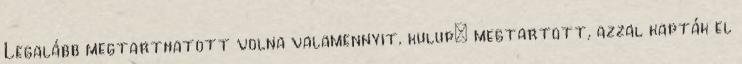
Legalább megtarthatott volna valamennyit. kulup: megtartott, azzal kapták el